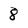
Character: 8